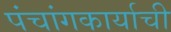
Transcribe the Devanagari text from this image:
पंचांगकार्याची